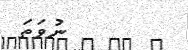
ނުވަތަ